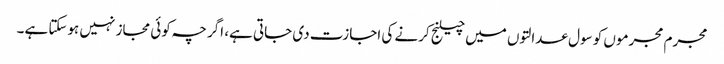
مجرم مجرموں کو سول عدالتوں میں چیلنج کرنے کی اجازت دی جاتی ہے، اگرچہ کوئی مجاز نہیں ہوسکتا ہے۔